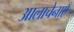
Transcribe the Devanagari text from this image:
आलाचेनाएँ